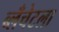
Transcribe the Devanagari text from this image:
ब्लँचेटला